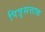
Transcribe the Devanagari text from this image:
पित्रृसत्ताक